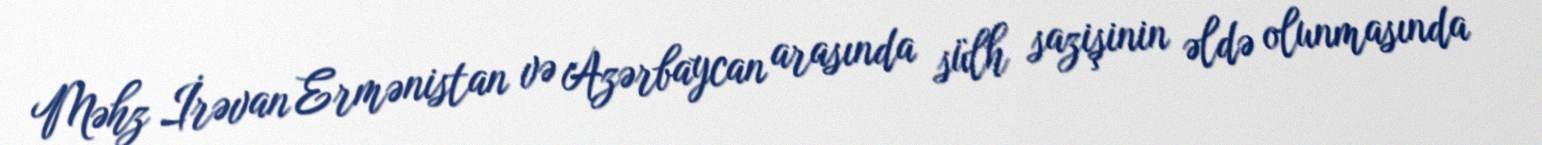
Məhz İrəvan Ermənistan və Azərbaycan arasında sülh sazişinin əldə olunmasında